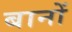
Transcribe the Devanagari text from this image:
बानों